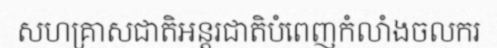
សហគ្រាសជាតិអន្តរជាតិបំពេញកំលាំងចលករ